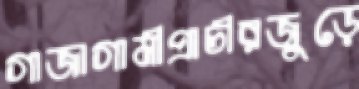
গাজাগামীপ্রাচীরজুড়ে